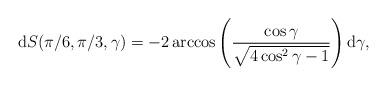
LaTeX: \begin{align*}\mbox{d}S(\pi/6,\pi/3,\gamma)=-2\arccos\left(\frac{\cos\gamma}{\sqrt{4\cos^2\gamma-1}}\right) \mbox{d}\gamma,\end{align*}